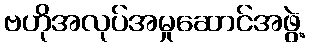
ဗဟိုအလုပ်အမှုဆောင်အဖွဲ့